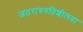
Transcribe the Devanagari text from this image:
जठरांत्रगतिशीलता